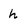
Character: h